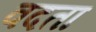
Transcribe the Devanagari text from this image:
वदता